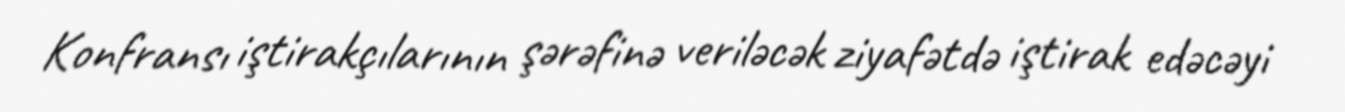
Konfransı iştirakçılarının şərəfinə veriləcək ziyafətdə iştirak edəcəyi